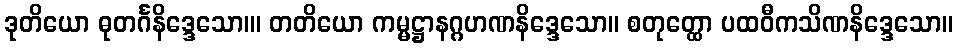
ဒုတိယော ဓုတင်္ဂနိဒ္ဒေသော၊။ တတိယော ကမ္မဋ္ဌာနဂ္ဂဟဏနိဒ္ဒေသော။ စတုတ္ထော ပထဝီကသိဏနိဒ္ဒေသော။